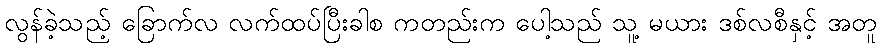
လွန်ခဲ့သည့် ခြောက်လ လက်ထပ်ပြီးခါစ ကတည်းက ပေါ့သည် သူ့ မယား ဒစ်လစီနှင့် အတူ